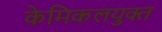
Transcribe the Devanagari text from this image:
केमिकलयुक्त